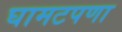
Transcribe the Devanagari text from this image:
घामटपणा